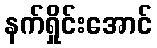
နက်ရှိုင်းအောင်